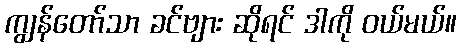
ကျွန်တော်သာ ခင်ဗျား ဆိုရင် ဒါကို ဝယ်မယ်။